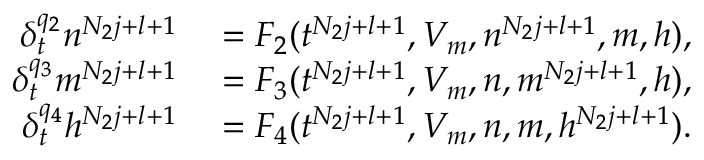
\begin{array} { r l } { \delta _ { t } ^ { q _ { 2 } } n ^ { N _ { 2 } j + l + 1 } } & { { } = F _ { 2 } ( t ^ { N _ { 2 } j + l + 1 } , V _ { m } , n ^ { N _ { 2 } j + l + 1 } , m , h ) , } \\ { \delta _ { t } ^ { q _ { 3 } } m ^ { N _ { 2 } j + l + 1 } } & { { } = F _ { 3 } ( t ^ { N _ { 2 } j + l + 1 } , V _ { m } , n , m ^ { N _ { 2 } j + l + 1 } , h ) , } \\ { \delta _ { t } ^ { q _ { 4 } } h ^ { N _ { 2 } j + l + 1 } } & { { } = F _ { 4 } ( t ^ { N _ { 2 } j + l + 1 } , V _ { m } , n , m , h ^ { N _ { 2 } j + l + 1 } ) . } \end{array}